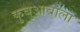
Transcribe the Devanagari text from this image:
कुबुआबोला